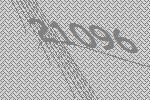
21096